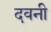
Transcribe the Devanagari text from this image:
दवनी